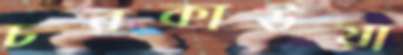
চরকাউয়া